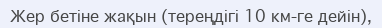
Жер бетіне жақын (тереңдігі 10 км-ге дейін),